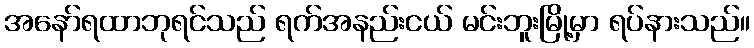
အနော်ရထာဘုရင်သည် ရက်အနည်းငယ် မင်းဘူးမြို့မှာ ရပ်နားသည်။